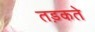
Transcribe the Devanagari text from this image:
तड़कते